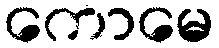
ကောမေ